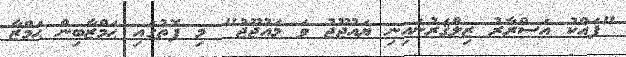
"ފައްކު އަސްރާރު ޒިލްޤަރުނައިނި ޔައުޖޫޖު ވަ މައުޖޫޖު" މި ފޮތުގައި ޙަމްޒާބިން ޙަމްޒާ